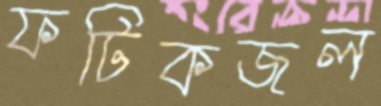
ফটিকজল